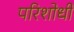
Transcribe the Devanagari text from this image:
परिशोधी